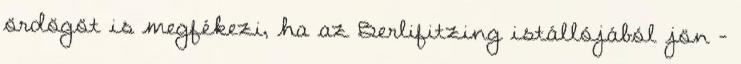
ördögöt is megfékezi, ha az Berlifitzing istállójából jön -